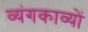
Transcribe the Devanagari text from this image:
व्यंगकाव्यों